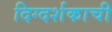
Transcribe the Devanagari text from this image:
दिग्दर्शकाची